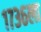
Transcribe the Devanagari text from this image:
१७३६ला